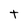
Character: t